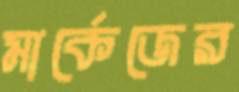
মার্কেজের